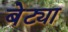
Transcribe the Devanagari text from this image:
बेट्या